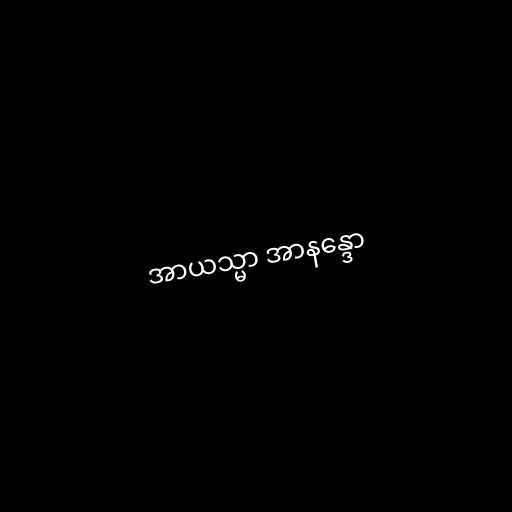
အာယသ္မာ အာနန္ဒော